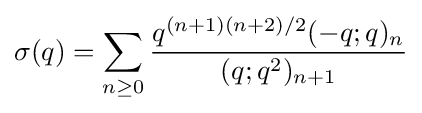
\sigma (q)=\sum _{n\geq 0}{\frac {q^{(n+1)(n+2)/2}(-q;q)_{n}}{(q;q^{2})_{n+1}}}